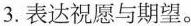
3.表达祝愿与期望。